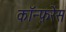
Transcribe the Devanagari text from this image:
काॅन्फ़रेंस